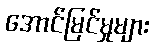
အောင်မြင်မှုများ